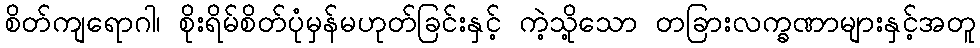
စိတ်ကျရောဂါ၊ စိုးရိမ်စိတ်ပုံမှန်မဟုတ်ခြင်းနှင့် ကဲ့သို့သော တခြားလက္ခဏာများနှင့်အတူ